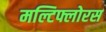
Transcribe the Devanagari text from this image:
मल्टिफ्लोरस